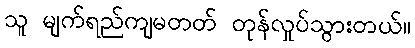
သူ မျက်ရည်ကျမတတ် တုန်လှုပ်သွားတယ်။